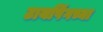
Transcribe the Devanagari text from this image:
टायपिंगच्या